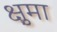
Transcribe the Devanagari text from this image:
क्षुमा